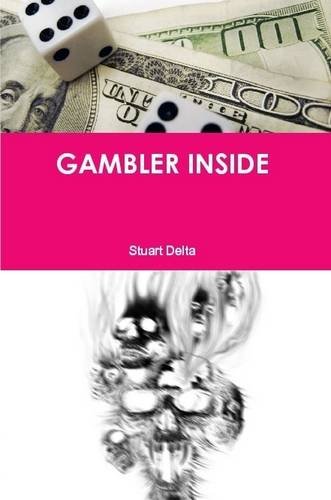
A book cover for Gambler Inside (Italian Edition); Stuart Delta; Health, Fitness & Dieting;